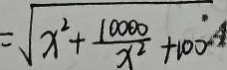
= \sqrt { x ^ { 2 } + \frac { 1 0 0 0 0 } { x ^ { 2 } } + 1 0 0 }